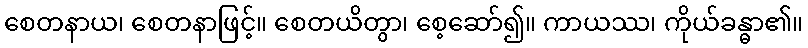
စေတနာယ၊ စေတနာဖြင့်။ စေတယိတွာ၊ စေ့ဆော်၍။ ကာယဿ၊ ကိုယ်ခန္ဓာ၏။